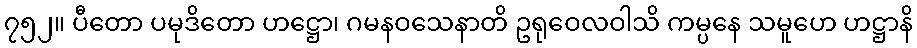
၇၅၂။ ပီတော ပမုဒိတော ဟဋ္ဌော၊ ဂမနဝသေနာတိ ဥရုဝေလဝါသိ ကမ္ပနေ သမူဟေ ဟဋ္ဌာနိ